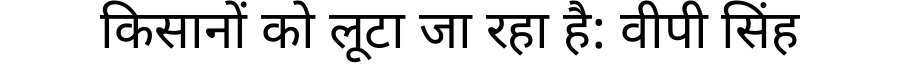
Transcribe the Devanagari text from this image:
किसानों को लूटा जा रहा है: वीपी सिंह